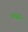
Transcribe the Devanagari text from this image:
परसंग